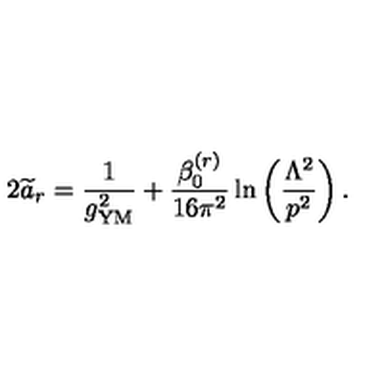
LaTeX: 2 { \widetilde a } _ { r } = { \frac { 1 } { g _ { \mathrm { { \small Y M } } } ^ { 2 } } } + { \frac { \beta _ { 0 } ^ { ( r ) } } { 1 6 \pi ^ { 2 } } } \ln \left( { \frac { \Lambda ^ { 2 } } { p ^ { 2 } } } \right) .